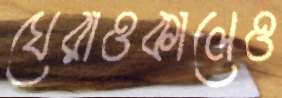
ঘেরাওকালেও